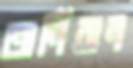
অর্নিবান